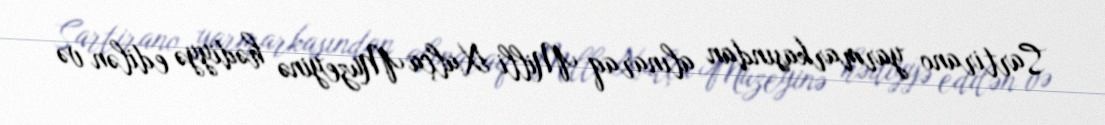
Sartirano yarmarkasından alınaraq Milli Xalça Muzeyinə hədiyyə edilən və